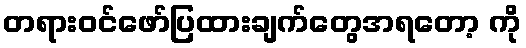
တရားဝင်ဖော်ပြထားချက်တွေအရတော့ ကို